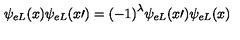
\psi _ { e L } ( x ) \psi _ { e L } ( { x \prime } ) = { ( - 1 ) } ^ { \lambda } \psi _ { e L } ( { x \prime } ) \psi _ { e L } ( x )